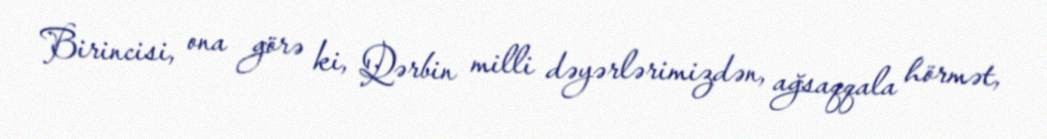
Birincisi, ona görə ki, Qərbin milli dəyərlərimizdən, ağsaqqala hörmət,